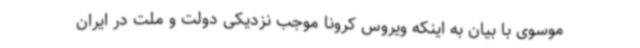
موسوی با بیان به اینکه ویروس کرونا موجب نزدیکی دولت و ملت در ایران